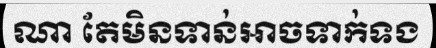
ណា តែមិនទាន់អាចទាក់ទង